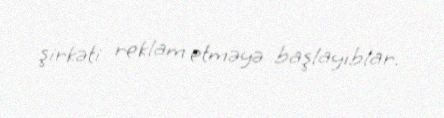
şirkəti reklam etməyə başlayıblar.